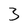
Character: 3